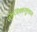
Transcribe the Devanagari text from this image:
तोप्पिक्कल्लुकल